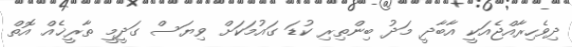
ދިވެހިރާއްޖެއަކީ އާބާދީ މަދު ބިންތިރި ކުޑަ ގައުމަކަށް ވިޔަސް ގަދީމީ ތާރީޚެއް އޮތް